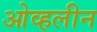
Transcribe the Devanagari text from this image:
ओव्हलीन